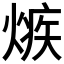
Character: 𤌿